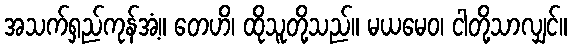
အသက်ရှည်ကုန်အံ့။ တေဟိ၊ ထိုသူတို့သည်။ မယမေဝ၊ ငါတို့သာလျှင်။